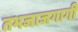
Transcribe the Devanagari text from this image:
तभजाजगागी